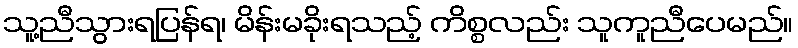
သူ့ညီသွားရပြန်ရ၊ မိန်းမခိုးရသည့် ကိစ္စလည်း သူကူညီပေမည်။